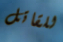
للقاتل